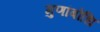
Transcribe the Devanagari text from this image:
गुणांबोधि